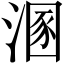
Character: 溷